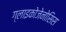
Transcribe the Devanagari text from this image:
ग्लाइकोजेनोसिस